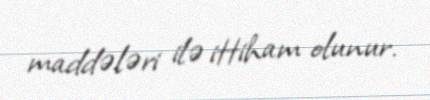
maddələri ilə ittiham olunur.